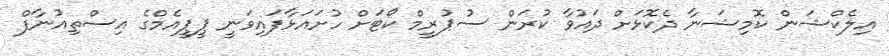
އިލެކްޝަން ކޮމިޝަނާ ދެކޮޅަށް ދައުވާ ކުރަން ސުޕުރީމް ކޯޓަށް ހުށައަޅާފައިވަނީ ޕީޕީއެމްގެ އިސްތިއުނާފް